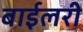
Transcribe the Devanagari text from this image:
बाईलरी